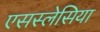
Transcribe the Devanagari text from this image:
एसस्लेसिया